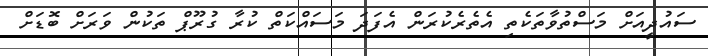
ސައުދީއަށް މަސްތުވާތަކެތި އެތެރެކުރަން އެފަދަ މަސައްކަތް ކުރާ ގުރޫޕް ތަކުން ވަރަށް ބޮޑަށް